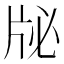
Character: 𰠜